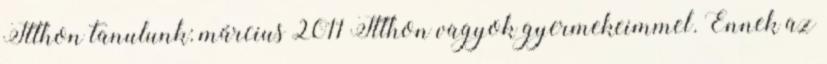
Itthon tanulunk: március 2011 Itthon vagyok gyermekeimmel. Ennek az